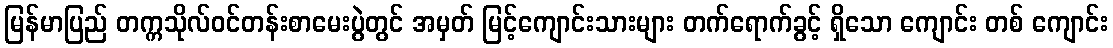
မြန်မာပြည် တက္ကသိုလ်ဝင်တန်းစာမေးပွဲတွင် အမှတ် မြင့်ကျောင်းသားများ တက်ရောက်ခွင့် ရှိသော ကျောင်း တစ် ကျောင်း